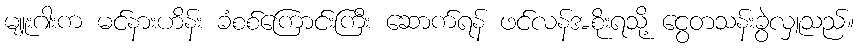
မျူးဂါးက မင်နားဟိန်း ခံစစ်ကြောင်းကြီး ဆောက်ရန် ဖင်လန်အစိုးရသို့ ငွေတသန်းခွဲလှူသည်။